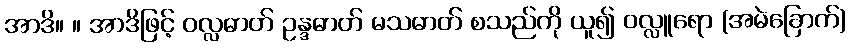
အာဒိ။ ။ အာဒိဖြင့် ဝလ္လဓာတ် ဥန္ဒဓာတ် မသဓာတ် စသည်ကို ယူ၍ ဝလ္လူရော (အမဲခြောက်)